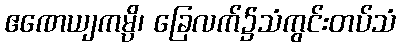
ဧဏေယျကမ္ပိ၊ ခြေလက်၌သံကွင်းတပ်သံ